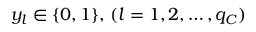
y _ { l } \in \{ 0 , 1 \} , \, ( l = 1 , 2 , \dots , q _ { C } )